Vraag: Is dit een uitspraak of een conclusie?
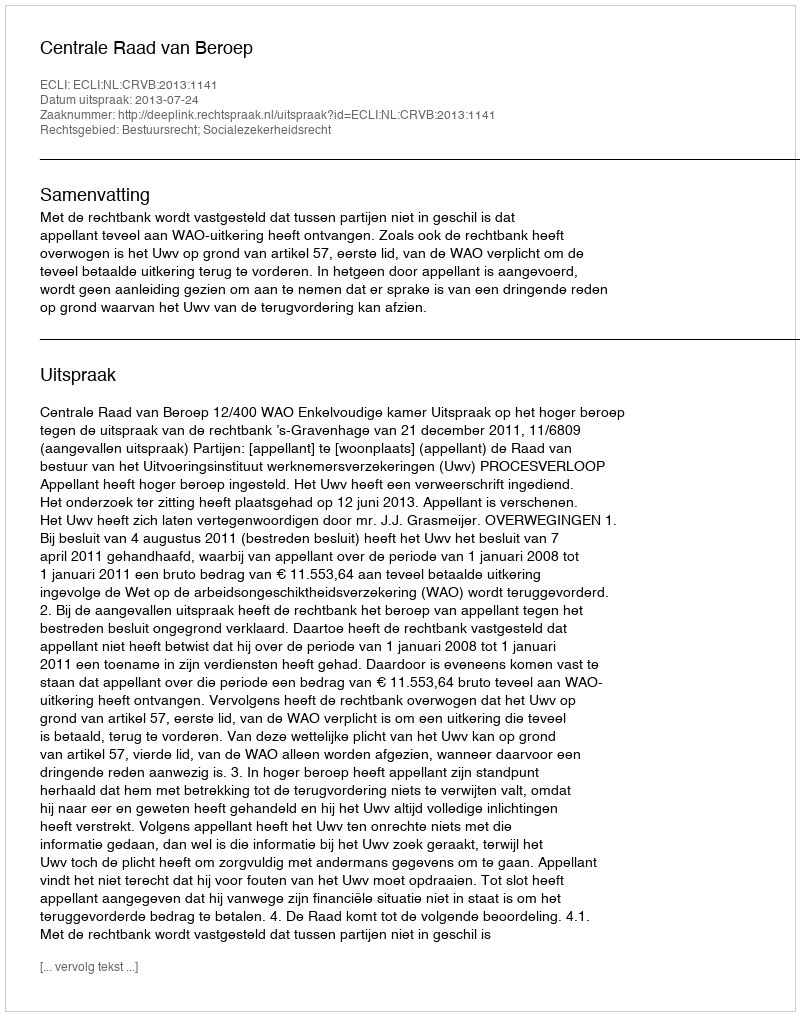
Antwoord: Uitspraak